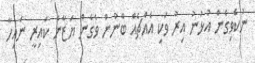
ނުކެވިގެން އުޅުނު އިރު ވަކި އެއްޗެއް ބޭނުން ވެގެން ޔަޒާން ކައިރީ ނައިހާ